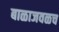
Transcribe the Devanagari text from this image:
बाळाजवळच